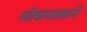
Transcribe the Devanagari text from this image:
लोकपालाने